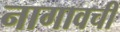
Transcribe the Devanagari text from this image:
नागावची